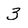
Character: 3